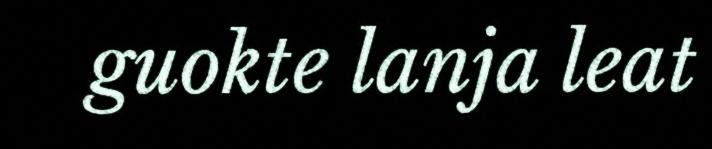
guokte lanja leat